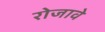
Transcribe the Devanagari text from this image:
रोजावे